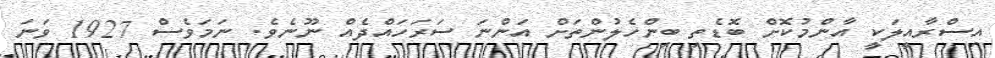
އިސްރާއީލަކީ އާންމުކޮަށް ބޮޑެތި ބިންހެލުންތަށް އަންނަ ސަރަހައްދެއް ނޫނެވެ. ނަމަވެސް 1927 ވަނަ